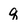
Character: q